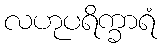
လဟုပရိက္ခာရံ